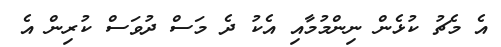
އެ މެޗު ކުޅެން ނިންމުމާއި އެކު ދެ މަސް ދުވަސް ކުރިން އެ